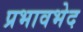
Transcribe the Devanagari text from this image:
प्रभावभेद